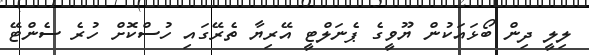
ލިލީ ދިން ބޯޅައަކުން ޔޫވީގެ ޕެނަލްޓީ އޭރިޔާ ތެރޭގައި ހުސްކޮށް ހުރެ ސެންޓޭ